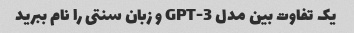
یک تفاوت بین مدل GPT-3 و زبان سنتی را نام ببرید